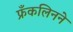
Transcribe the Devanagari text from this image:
फ्रँकलिनने